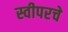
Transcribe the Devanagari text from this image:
स्वीपरचे